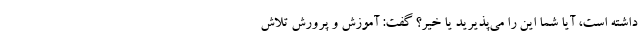
داشته است، آیا شما این را می‌پذیرید یا خیر؟ گفت: آموزش و پرورش تلاش